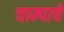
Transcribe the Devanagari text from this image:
चाम्पाचे